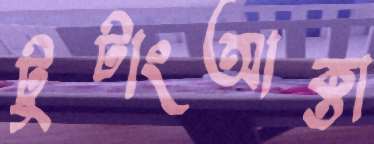
টুটাংআক্তা